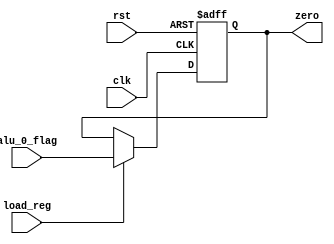
module flag(rst,clk,alu_0_flag,load_reg,zero);
input alu_0_flag,load_reg,rst,clk;
output reg zero;
always@(posedge clk or posedge rst)
begin
if(rst)
zero=1'd0;
else if(load_reg)
zero=alu_0_flag;
else
zero=zero;
end
endmodule